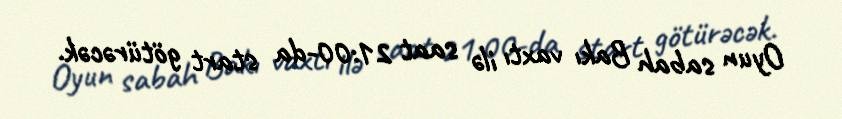
Oyun sabah Bakı vaxtı ilə saat 21:00-da start götürəcək.